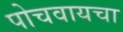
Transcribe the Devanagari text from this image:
पोचवायचा